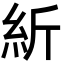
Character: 紤